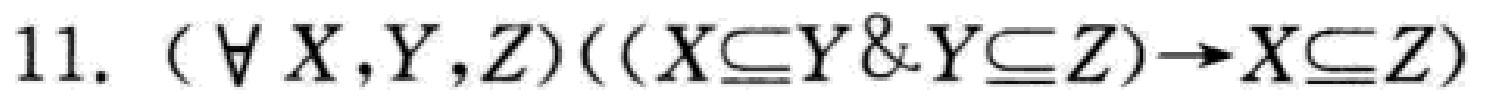
11. $(\forall X,Y,Z)((X\subseteq Y \& Y\subseteq Z)\to X\subseteq Z)$